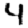
Digit: 4